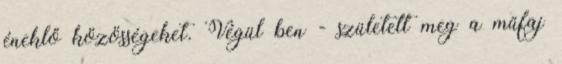
éneklő közösségeket. Végül ben - született meg a műfaj